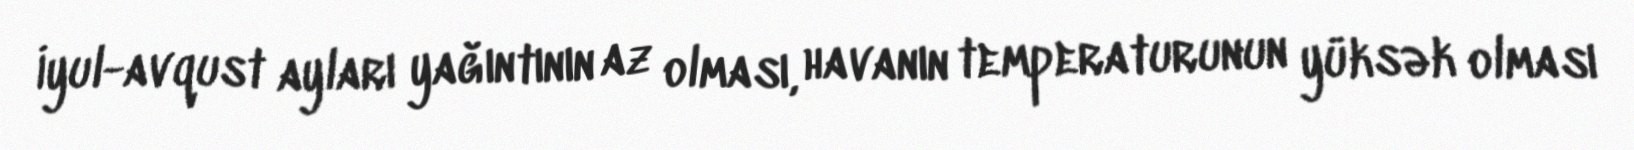
İyul-avqust ayları yağıntının az olması, havanın temperaturunun yüksək olması